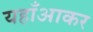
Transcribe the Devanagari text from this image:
यहाँआकर